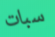
سبات